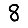
Digit: 8